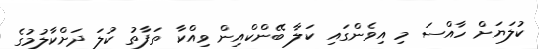
ކުލަޔަށް ހާއްސަ މި އިވެންގައި ކަލާ ބޭންކްއިން ވިއްކާ ތަފާތު ކުލަ ދަށްކާލުމުގެ